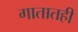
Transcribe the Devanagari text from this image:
गातातही